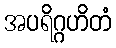
အပရိဂ္ဂဟိတံ